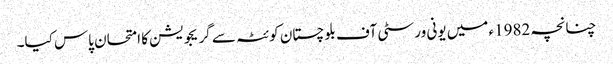
چنانچہ 1982ء میں یونی ورسٹی آف بلوچستان کوئٹہ سے گریجویشن کا امتحان پاس کیا۔